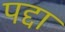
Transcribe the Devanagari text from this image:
पद्दा